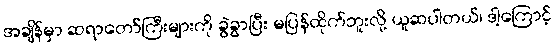
အချိန်မှာ ဆရာတော်ကြီးများကို ခွဲခွာပြီး မပြန်ထိုက်ဘူးလို့ ယူဆပါတယ်၊ ဒါ့ကြောင့်